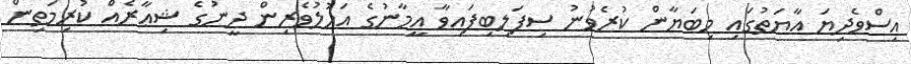
އިސްވެދިޔަ އާޔަތުގައި މިބަޔާން ކުރެވުނު ސިފަލިބިފައިވާ އީމާނުގެ އަހުލުވެރިން ދީނުގެ ޝިޢާރެއް ކުރިމަތިން